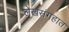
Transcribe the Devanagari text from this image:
लेखसंगहात